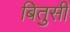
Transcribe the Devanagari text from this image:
बितुसी